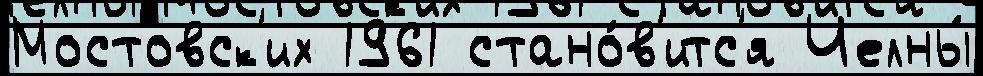
Мостовск'их 1961 стано́в'итс'я Челны́